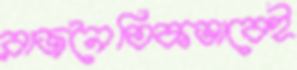
রাজনৈতিকভাবেই